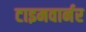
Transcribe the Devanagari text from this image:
टाइमवार्नर